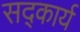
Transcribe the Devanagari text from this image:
सद्कार्य